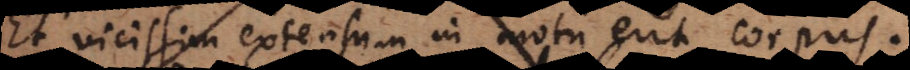
Et vicissim extensum in motu erit corpus.